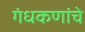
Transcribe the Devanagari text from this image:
गंधकणांचे